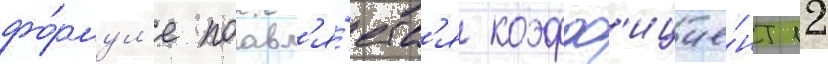
фо́рмул'е поавл'я́етс'я коэфф'ицие́нт 12